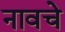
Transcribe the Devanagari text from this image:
नावचे